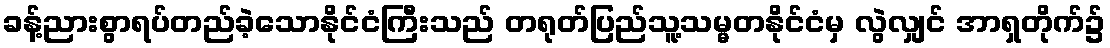
ခန့်ညားစွာရပ်တည်ခဲ့သောနိုင်ငံကြီးသည် တရုတ်ပြည်သူ့သမ္မတနိုင်ငံမှ လွဲလျှင် အာရှတိုက်၌